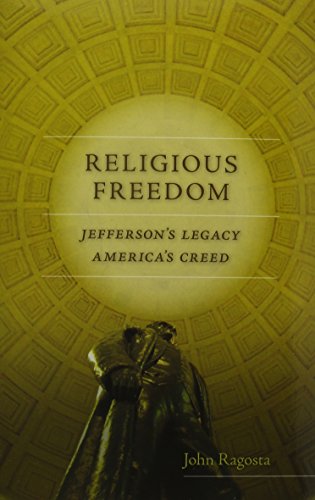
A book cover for Religious Freedom: Jefferson's Legacy, America's Creed (Jeffersonian America); John Ragosta; Law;